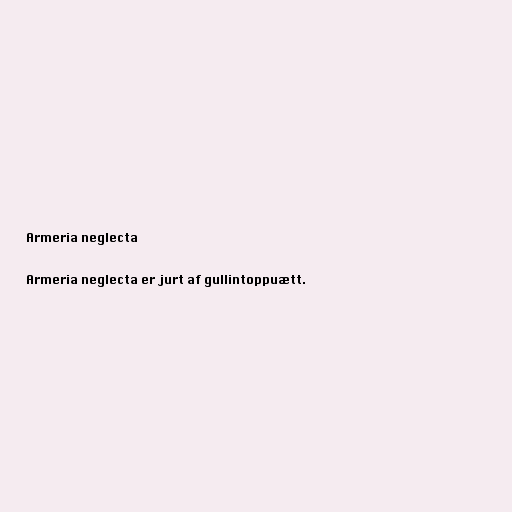
Armeria neglecta

Armeria neglecta er jurt af gullintoppuætt.